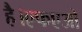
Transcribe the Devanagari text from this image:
है।एफएओ